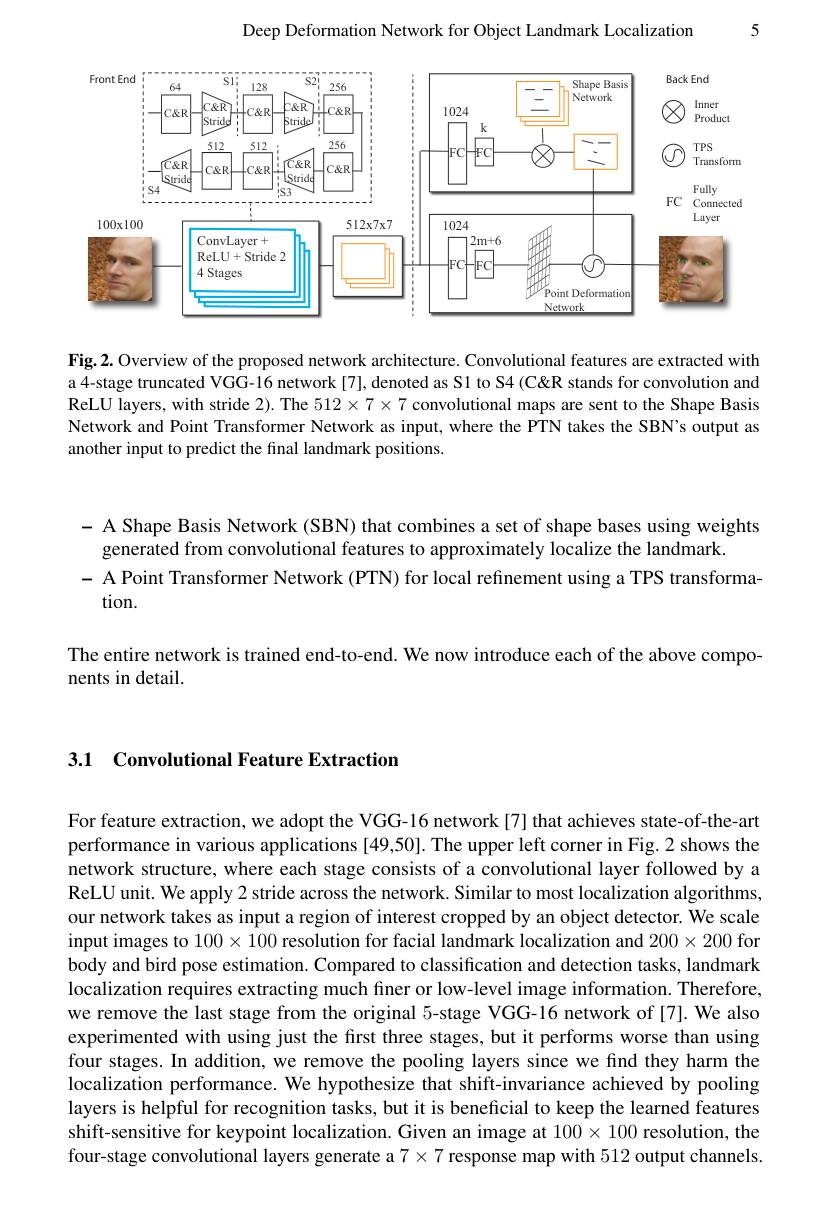
5

Deep Deformation Network for Object Landmark Localization

<FigureHere>

Fig.2. Overview of the proposed network architecture. Convolutional features are extracted with a 4-stage truncated VGG-16 network [7], denoted as S1 to S4 (C'''or convolution and ReLU layers, with stride 2). The $512\times7\times7$ convolutional maps are sent to the Shape Basis Network and Point Transformer Network as input, where the PTN takes the SBN's output as another input to predict the final landmark positions.

- A Shape Basis Network (SBN) that combines a set of shape bases using weights
generated from convolutional features to approximately localize the landmark
- A Point Transformer Network (PTN) for local refinement using a TPS transforma-
tion.

The entire network is trained end-to-end. We now introduce each of the above compo-
nents in detail.

## 3.1 Convolutional Feature Extraction

For feature extraction, we adopt the VGG-16 network [7] that achieves state-of-the-art performance in various applications [49,50]. The upper left corner in Fig.2 shows the network structure, where each stage consists of a convolutional layer followed by a ReLU unit. We apply 2 stride across the network. Similar to most localization algorithms, our network takes as input a region of interest cropped by an object detector. We scale input images to $100\times100$ resolution for facial landmark localization and $200\times200$ for body and bird pose estimation. Compared to classification and detection tasks, landmark localization requires extracting much finer or low-level image information. Therefore, we remove the last stage from the original 5-stage VGG-16 network of [7]. We also experimented with using just the first three stages, but it performs worse than using four stages. In addition, we remove the pooling layers since we find they harm the localization performance. We hypothesize that shift-invariance achieved by pooling layers is helpful for recognition tasks, but it is beneficial to keep the learned features shift-sensitive for keypoint localization. Given an image at $100\times100$ resolution, the four-stage convolutional layers generate a $7\times7$ response map with 512 output channels